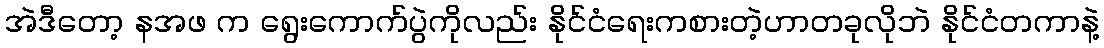
အဲဒီတော့ နအဖ က ရွေးကောက်ပွဲကိုလည်း နိုင်ငံရေးကစားတဲ့ဟာတခုလိုဘဲ နိုင်ငံတကာနဲ့